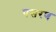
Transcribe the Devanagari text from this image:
पसरण